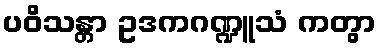
ပဝိသန္တာ ဥဒကဂဏ္ဍူသံ ကတွာ